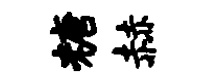
糖赫